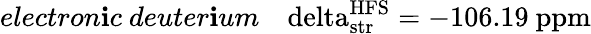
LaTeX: electron\mathbf{i}c~deuter\mathbf{i}um~~~\mathrm{{\ delta_{str}^{HFS}=-106.19~ppm}}